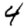
Digit: 4